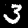
Digit: 3